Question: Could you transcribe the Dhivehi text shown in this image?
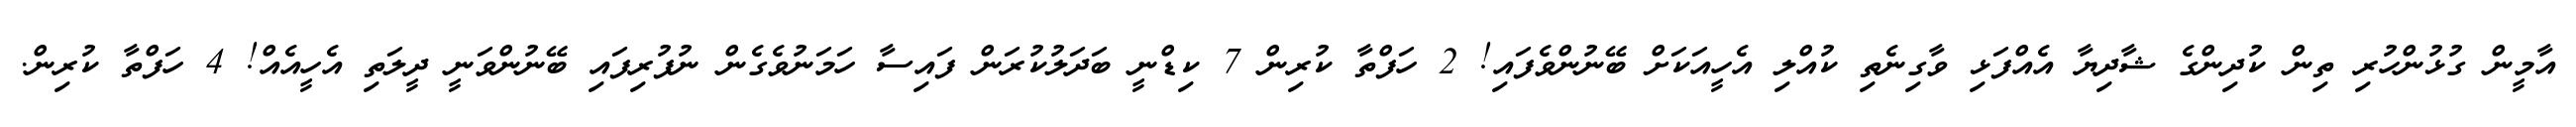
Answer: އާމީން ގުޅުންހުރި ތިން ކުދިންގެ ޝާދިޔާ އެއްފަޅި ވާގިނެތި ކުއްލި އެހީއަކަށް ބޭނުންވެފައި! 2 ހަފްތާ ކުރިން 7 ކިޑްނީ ބަދަލުކުރަން ފައިސާ ހަމަނުވެގެން ނުފުރިފައި ބޭނުންވަނީ ދީލަތި އެހީއެއް! 4 ހަފްތާ ކުރިން.